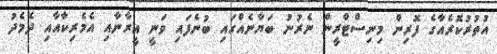
އުތުރުކޮރެއާގެ ފޮރިން މިނިސްޓްރީން ނެރުނު ބަޔާނެއްގައި ބުނެފައި ވަނީ އީރާނާއި އެމެރިކާއާއި ދެމެދު